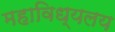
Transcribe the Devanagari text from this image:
महाविध्यलय